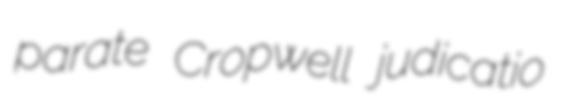
parate Cropwell judicatio